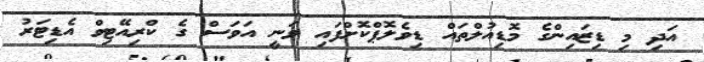
އަދި މި ޑިޒައިންގެ މޮޑިއުލްތައް ޑިވެލޮޕްކޮށްފައި ވަނީ އަވަސް ގެ ކްރިއޭޓިވް އެޑިޓަރު